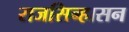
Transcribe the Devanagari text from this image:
राजसिन्हासन